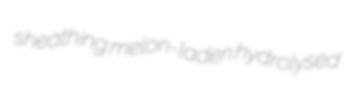
sheathing melon-laden hydrolysed